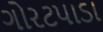
ગોરટપાડા